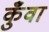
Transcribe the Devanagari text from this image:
कुँवा